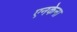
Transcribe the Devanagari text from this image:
एनकेना